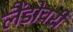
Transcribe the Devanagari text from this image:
लैंडोवरी